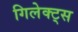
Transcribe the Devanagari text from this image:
गिलेक्ट्स